Annual report of the Madras Medical College
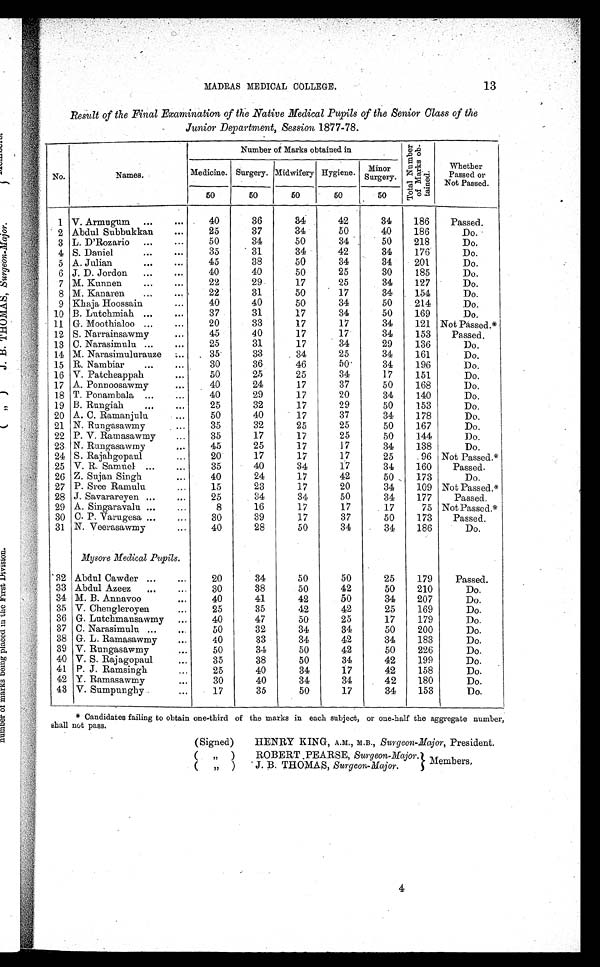
13
MADRAS MEDICAL COLLEGE.
Result of the Final Examination of the Native Medical Pupils of the Senior Class of the
Junior Department, Session 1877-78.
No.
Names.
Number of Marks obtained in
T o t a l N u m b e r o f M a r k s o b - t a i n e d .
Whether
Passed or
Not Passed.
Medicine. Surgery. Midwifery. Hygiene. Minor
Surgery.
50
50
50
50
50
1 V. Armugum ...
...
40
36
34
42
34
186
Passed.
2 Abdul Subbukkan
...
25
37
34
50
40
186
Do.
3 L. D'Rozario ...
...
50
34
50
34
50
218
Do.
4 S. Daniel
... ...
35
31
34
42
34
176
Do.
5 A. Julian
... ...
45
38
50
34
34
201
Do.
6 J. D. Jordon
...
...
40
40
50
25
30
185
Do.
7 M. Kunnen
... ...
22
29
17
25
34
127
Do.
8 M. Kanaren
...
22
31
50
17
34
154
Do.
9 Kbaja Hoossain ...
40
40
50
34
50
214
Do.
10 B. Lutchmiah ...
...
37
31
17
34
50
169
Do.
11 G. Moothialoo ...
...
20
33
17
17
34
121 Not Passed.*
12 S. Narrainsawmy
...
45
40
17
17
34
153
Passed.
13 C. Narasimulu ...
...
25
31
17
34
29
136
Do.
14 M. Narasimulurauze ...
35
33
34
25
34
161
Do.
15 R. Nambiar
...
...
30
36
46
50
34
19.6
Do.
16 V. Patcheappah ...
50
25
25
34
17
151
Do.
17 A. Ponnoosawmy
40
24
17
37
50
168
Do.
18 T. Ponambala ...
40
29
17
20
34
140
Do.
19 B. Rungiah
...
...
25
32
17
29
50
153
Do.
20 A. C. Ramanjulu
50
40
17
37
34
178
Do.
21 N. Rungasawmy
35
32
25
25
50
167
Do.
22 P. V. Ramasawmy
...
35
17
17
25
50
144
Do.
23 N. Rungasawmy
...
45
25
17
17
34
138
Do.
24 S. Rajahgopaul
...
20
17
17
17
25
96 Not Passed.*
25 V. R. Samuel ...
...
35
40
34
17
34
160
Passed.
26 Z. Sujan Singh ...
40
24
17
42
50
173
Do.
27 P. Sree Ramulu
...
15
23
17
20
34
109 Not Passed.*
28 J. Savarareyen ...
...
25
34
34
50
34
177
Passed.
29 A. Singaravalu ...
...
8
16
17
17
17
75 Not Passed.*
30 C. P. Varugesa ...
...
30
39
17
37
50
173
Passed.
31 N. Veerasawmy
...
40
28
50
34
34
186
Do.
Mysore Medical Pupils .
32 Abdul Cawder ...
...
20
34
50
50
25
179
Passed.
33 Abdul Azeez
... ...
30
38
50
42
50
210
Do.
34 M. B. Annavoo
...
40
41
42
50
34
207
Do.
35 V. Chengleroyen
...
25
35
42
42
25
169
Do.
36 G. Lutchmansawmy ...
40
47
50
25
17
179
Do.
37 C. Narasimulu ...
...
50
32
34
34
50
200
Do.
38 G. L. Ramasawmy
...
40
33
34
42
34
183
Do.
39 V. Rungasawmy
...
50
34
50
42
50
226
Do.
40 V. S. Rajagopaul
...
35
38
50
34
42
199
Do.
41 P. J. Ramsingh
...
25
40
34
17
42
158
Do.
42 Y. Ramasawmy
...
30
40
34
34
42
180
Do.
43 V. Sumpunghy
...
17
35
50
17
34
153
Do.
* Candidates failing to obtain one-third of the marks in each subject, or one-half the aggregate number,
shall not pass.
(Signed)
(
" )
(
" )
HENRY KING, A.M., M.B., Surgeon-Major, President.
ROBERT .PEARSE, Surgeon-Major. Members,
J. B. THOMAS, Surgeon-Major.